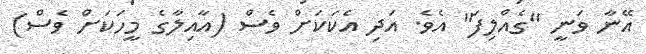
އޭނާ ވަނީ "ގެއްލިފަ" އެވެ. އަދި އެކަކަށް ވެސް (އާއިލާގެ މީހަކަށް ވެސް)